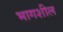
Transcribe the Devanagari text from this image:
भागशील